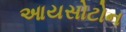
આયસોટોન